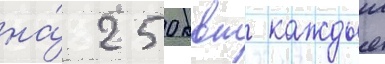
на́ 250 квт каждыи